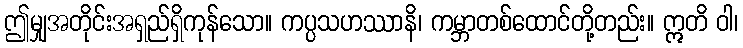
ဤမျှအတိုင်းအရှည်ရှိကုန်သော။ ကပ္ပသဟဿာနိ၊ ကမ္ဘာတစ်ထောင်တို့တည်း။ ဣတိ ဝါ၊